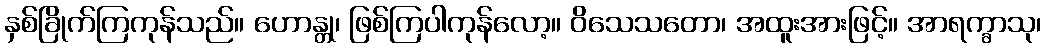
နှစ်ခြိုက်ကြကုန်သည်။ ဟောန္တု၊ ဖြစ်ကြပါကုန်လော့။ ဝိသေသတော၊ အထူးအားဖြင့်။ အာရက္ခာသု၊